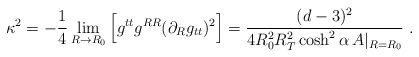
\begin{align*}\kappa^2 = - \frac{1}{4} \lim_{R\rightarrow R_0}\Big[ g^{tt} g^{RR} (\partial_R g_{tt})^2 \Big]= \frac{(d-3)^2}{4 R_0^2 R_T^2 \cosh^2 \alpha \, A|_{R=R_0} } \ .\end{align*}